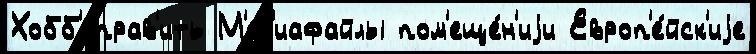
Хобб'иправ'ить М'ед'иафайлы пом'еще́н'иjи Европ'е́йск'иjе